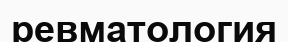
ревматология